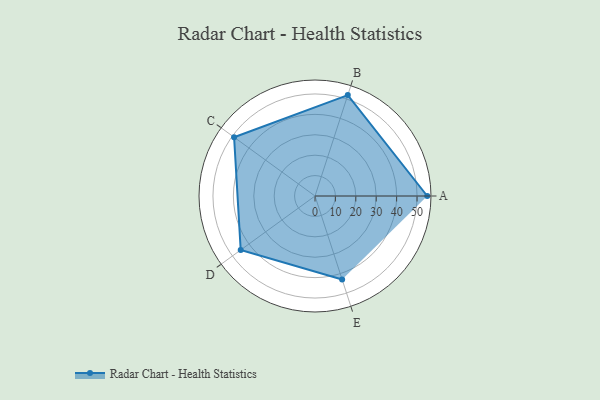
{"axis": {"x": "Skill", "y": "Score"}, "legend": ["Profile"], "data": [{"x": "A", "y": 55.0, "type": "Profile"}, {"x": "B", "y": 52.0, "type": "Profile"}, {"x": "C", "y": 49.0, "type": "Profile"}, {"x": "D", "y": 45.0, "type": "Profile"}, {"x": "E", "y": 43.0, "type": "Profile"}]}